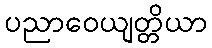
ပညာဝေယျတ္တိယာ